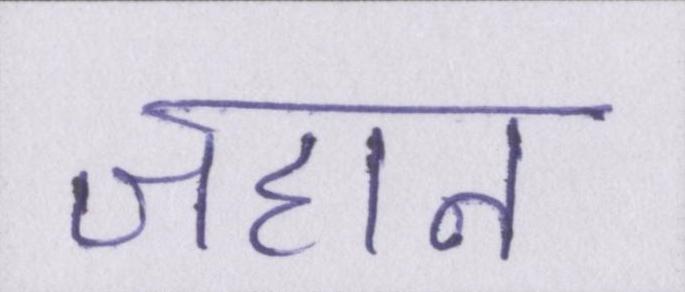
जहान